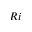
R i